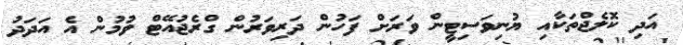
އަދި ކޮލެޖްތަކާއި ޔުނިވަސިޓީން ވަރަށް ފަހުން ދަރިވަރުން ގްރެޖުއޭޓް ވުމުން އެ އަދަދު